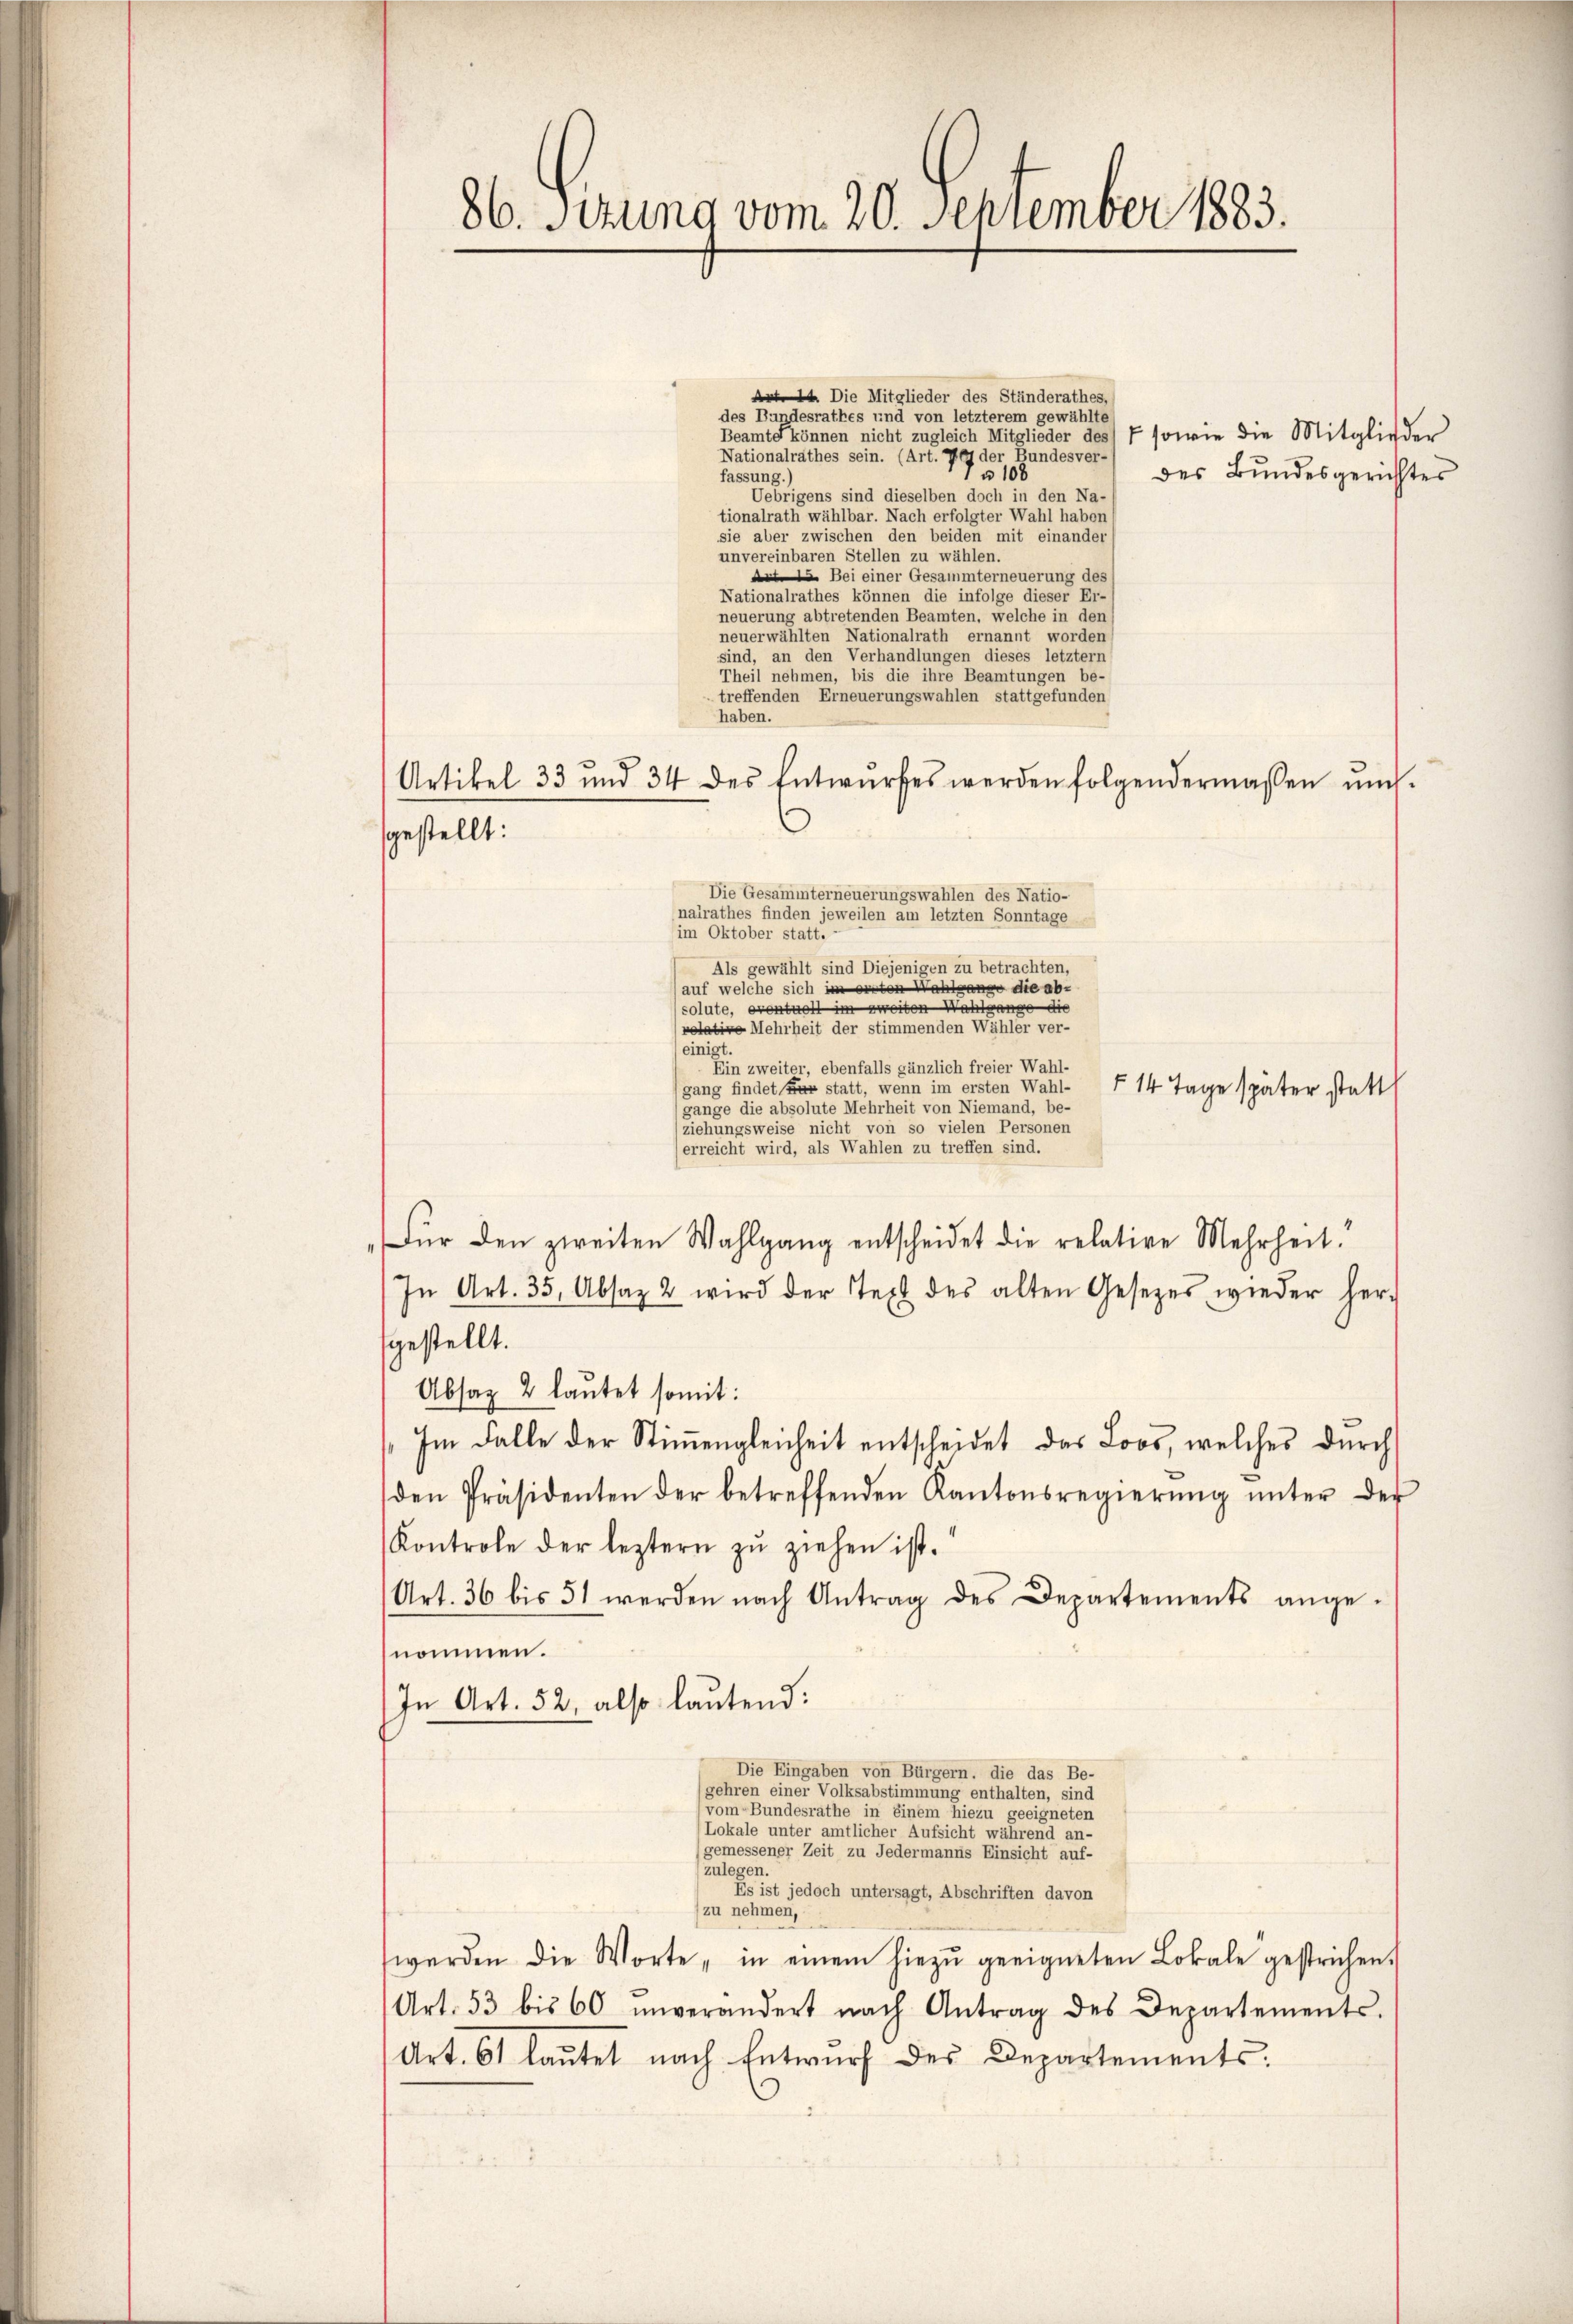
86. Serung vom 20. September 1883.

A . Die Mitglieder des Ständerathes,
des Bundesrathes und von letzterem gewählte
Beamte können nicht zugleich Mitglieder des V sowie die Mitglieder
Nationalrathes sein. (Art. 767 der Bundesver-
7108
des Bundesgerichtes
fassung.)
Uebrigens sind dieselben doch in den Na-
tionalrath wählbar. Nach erfolgter Wahl haben
sie aber zwischen den beiden mit einander
unvereinbaren Stellen zu wählen.
A Bei einer Gesammterneuerung des
Nationalrathes können die infolge dieser Er-
neuerung abtretenden Beamten, welche in den
neuerwählten Nationalrath ernannt worden
sind, an den Verhandlungen dieses letztem
Theil nehmen, bis die ihre Beamtungen be-
treffenden Erneuerungswahlen stattgefunden
haben.
Artikel 33 und 34 des Entwŭrfes werden folgendermassen un
sgestellt:
im Oktober statt. -
einigt.
Ein zweiter, ebenfalls gänzlich freier Wahl-
gang findet er statt, wenn im ersten Wahl-
§ 14 Tage später statt
(gange die absolute Mehrheit von Niemand, be-
ziehungsweise nicht von so vielen Personen
erreicht wird, als Wahlen zu treffen sind.
Für den zweiten Wahlgang entscheidet die relative Mehrheit!
In Art. 35, Absaz 2 wird der Text des alten Gesetzes wieder her-
fgestellt.
Absatz 2 lautet somit:
Im Falle der Stimmengleicheit entscheidet das Loos, welches durch
den Präsidenten der betreffenden Kantonsregierŭng ŭnter der
Kontrole der leztern zu ziehen ist.
Art. 36 bis 51 werden nach Antrag des Departements ange-
nommen.
In Art. 52, also lautend:
Die Eingaben von Bürgern, die das Be-
gehren einer Volksabstimmung enthalten, sind
(vom Bundesrathe in einem hiezu geeigneten
(Lokale unter amtlicher Aufsicht während an-
gemessener Zeit zu Jedermanns Einsicht auf-
zulegen.
Es ist jedoch untersagt, Abschriften davon
(zu nehmen,
werden die Worte, in einem hiezŭ geeigneten Lokale gestrichen.
Art. 53 bis 60 unverändert nach Antrag des Departements-
Art. 61 laŭtet nach Entwurf des Departements

Die Gesammterneuerungswahlen des Natio-
nalrathes finden jeweilen am letzten Sonntage
Als gewählt sind Diejenigen zu betrachten,
auf welche sich im einten Wahlgange die ab-
colute, eventuell im zweiten Wahlgange
relative Mehrheit der stimmenden Wähler ver-